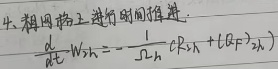
4. 在粗网格上进行时间推进：
\[\frac{d}{dt} w_{S,h}=-\frac{1}{\sqrt{2}} c \beta_{R,h}+(\beta_{F}+\beta_{K})_{h}\]